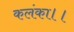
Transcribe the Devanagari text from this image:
कलंका।।